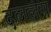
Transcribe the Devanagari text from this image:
दललग्न